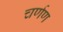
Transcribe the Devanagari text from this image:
चर्णण